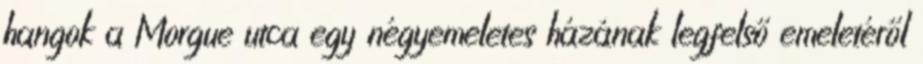
hangok a Morgue utca egy négyemeletes házának legfelső emeletéről